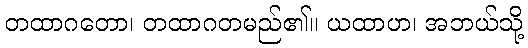
တထာဂတော၊ တထာဂတမည်၏။ ယထာဟ၊ အဘယ်သို့